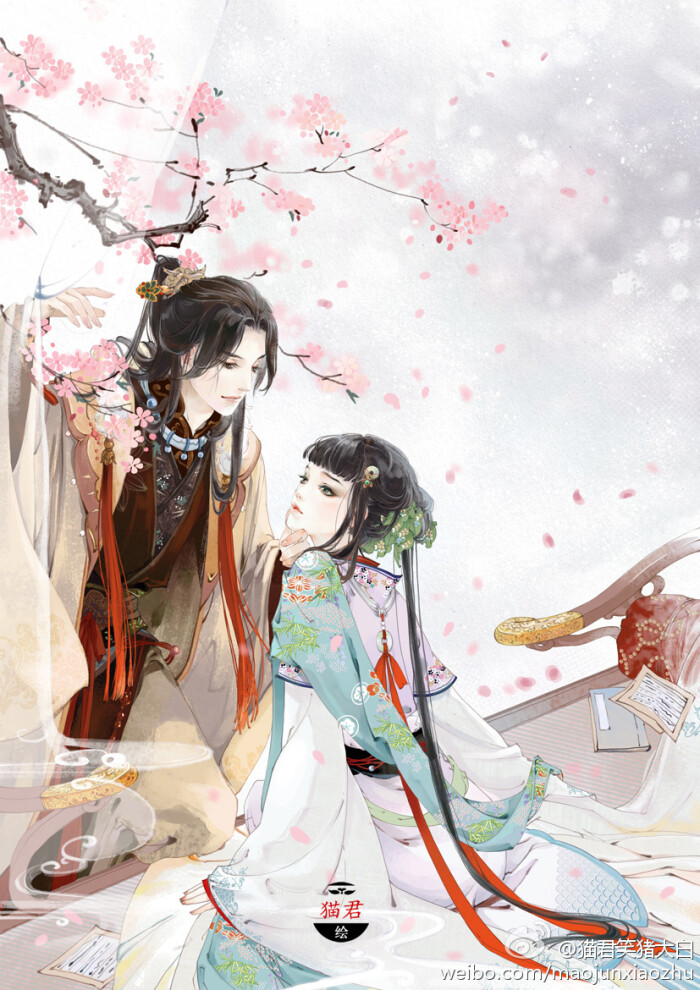
出其东门，有女如云。